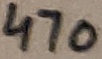
Text: 470